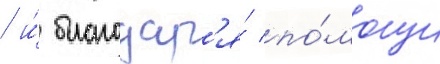
/ и́ благодар'я́ по́мощи